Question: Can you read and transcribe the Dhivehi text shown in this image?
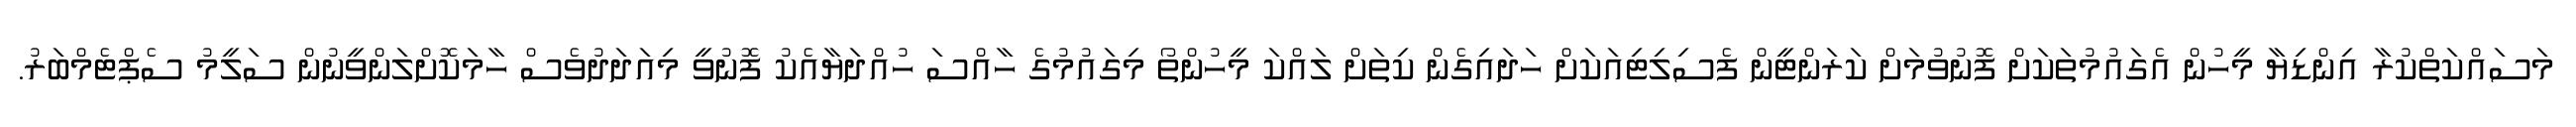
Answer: މަސައްކަތްކުރާ އިންޑިޔާ މީހުން އެގައުމުތަކަށް ފޮނުވުމަށް ކަރަންޓީން ފެސިލިޓިއަކަށް ހަދައިގެން ކިތަށް ލައްކަ މީހުންތޯ މިގައުމުގެ ހާއްސަ ހުއްދަޔާއެކު ފޮނުވީ މިއަދަދުވެސް ހާމަކޮށްލަންވީނުން ސަލީމު ސެޕްޓެމްބަރު.